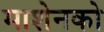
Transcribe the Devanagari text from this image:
माशेनको